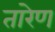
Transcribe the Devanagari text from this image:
तारेण